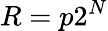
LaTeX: R=p2^{N}